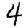
Digit: 4